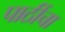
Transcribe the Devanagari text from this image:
पाठींचा